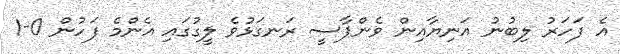
އެ ފަހަރު ލިބުނު އަނިޔާއިން ވެންޕާސީ ރަނގަޅުވެ ލީގުގައި އެންމެ ފަހުން 0-1